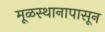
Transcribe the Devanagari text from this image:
मूळस्थानापासून